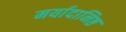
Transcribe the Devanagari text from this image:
मर्यादानिष्ठ